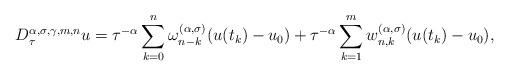
LaTeX: \begin{align*}D_{\tau}^{\alpha,\sigma,\gamma,m,n} u = \tau^{-\alpha}\sum_{k=0}^n\omega^{(\alpha,\sigma)}_{n-k}(u(t_k)-u_0) + \tau^{-\alpha}\sum_{k=1}^mw^{(\alpha,\sigma)}_{n,k}(u(t_k)-u_0) ,\end{align*}